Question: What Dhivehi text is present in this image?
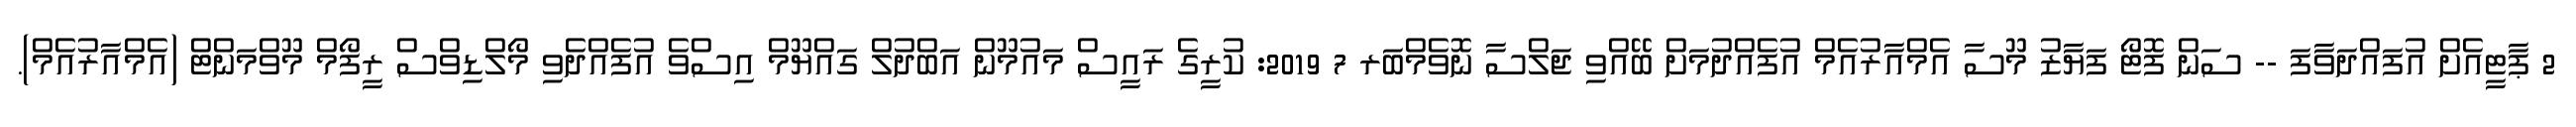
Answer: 2 ޕާޓީއެށް އުފައްދަވާފަ -- ސަން ފޮޓޯ ފަޔާޒު މޫސާ އެމްއާރުއެމް އުފެއްދުމަށް ބޭއްވި ޖަލްސާ ނޮވެމްބަރ 7 2019: ކުރީގެ ރައީސް މައުމޫން އަބްދުލް ގައްޔޫމް އިސްވެ އުފެއްދެވި މޯލްޑިވްސް ރީފޯމް މޫވްމަންޓް (އެމްއާރުއެމް).